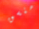
منسق